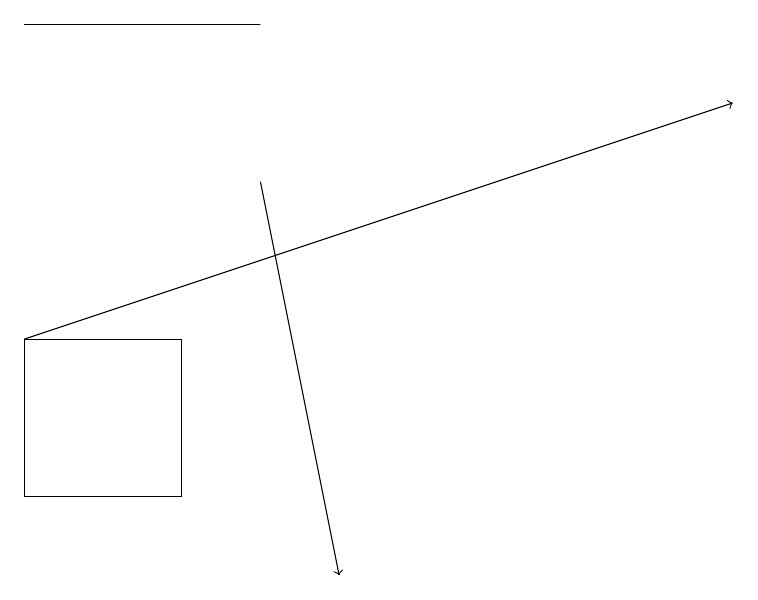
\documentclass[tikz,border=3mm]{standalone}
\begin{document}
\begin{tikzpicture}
\draw[->] (3,17) -- (4,12);
\draw (2,15) rectangle (0,13);
\draw (0,19) rectangle (3,19);
\draw[->] (0,15) -- (9,18);
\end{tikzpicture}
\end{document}